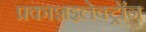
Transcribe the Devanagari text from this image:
प्रकाशइलेक्ट्रॉन